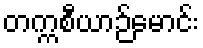
တက္ကစီယာဉ်မောင်း